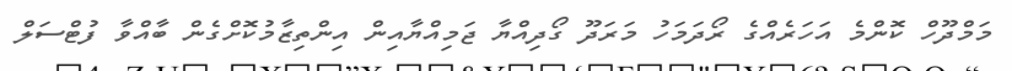
މަމްދޫހް ކޮންމެ އަހަރެއްގެ ރޯދަމަހު މަރަދޫ ގޯދިއްޔާ ޖަމިއްޔާއިން އިންތިޒާމުކޮށްގެން ބާއްވާ ފުޓްސަލް